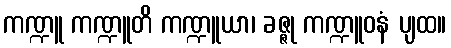
ကဏ္ဍူ ကဏ္ဍူတိ ကဏ္ဍူယာ၊ ခဇ္ဇု ကဏ္ဍူဝနံ ပျထ။